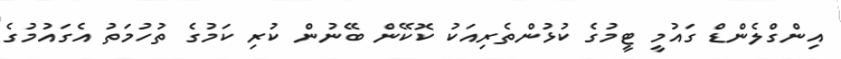
އިންގްލެންޑް ގައުމީ ޓީމުގެ ކުޅުންތެރިއަކުު ކޮކޭން ބޭނުން ކުރި ކަމުގެ ތުހުމަތު އެގައުމުގެ